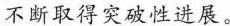
不断取得突破性进展。